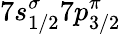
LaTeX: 7s_{1/2}^{\sigma}7p_{3/2}^{\pi}